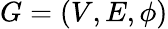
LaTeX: G=(V,E,\phi)